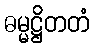
ဓမ္မဋ္ဌိတတံ